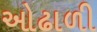
ઓઢાળી